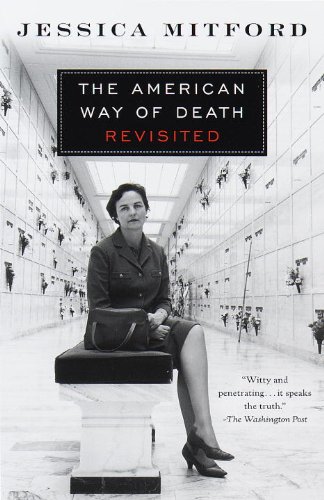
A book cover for The American Way of Death Revisited; Jessica Mitford; Business & Money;